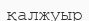
қалжуыр